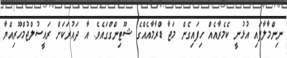
ނިންމާލާފައި އުޅުނީ ކެމެރާއެއް ހިފައިގެން މަޖާ ޑްރާމާއެއްގެ ޝޫޓިންގްގައެވެ. އާ ދައުރަކަށް ރައީސުލްޖުމްހޫރިއްޔާ